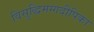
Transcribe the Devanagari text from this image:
विसुद्धिमग्गदीपिका